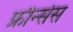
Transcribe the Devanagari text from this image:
फ्रौन्सेस